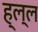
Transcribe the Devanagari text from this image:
ह्ल्ल